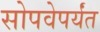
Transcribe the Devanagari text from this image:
सोपवेपर्यंत